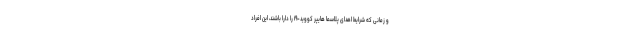
و زمانی که شرایط اهدای پلاسما هایپر کووید-۱۹ را دارا باشند، این افراد